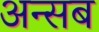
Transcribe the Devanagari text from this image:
अन्सब